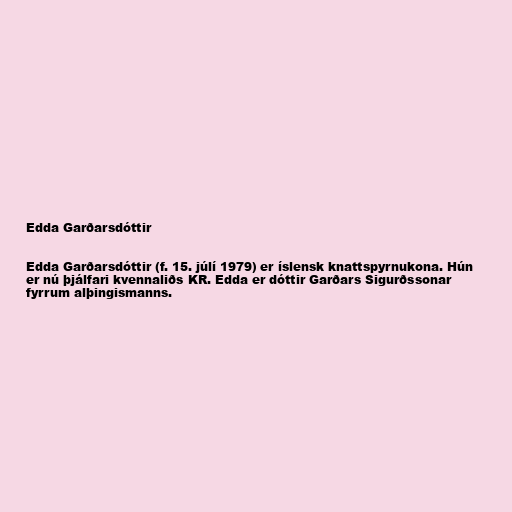
Edda Garðarsdóttir

Edda Garðarsdóttir (f. 15. júlí 1979) er íslensk knattspyrnukona. Hún
er nú þjálfari kvennaliðs KR. Edda er dóttir Garðars Sigurðssonar
fyrrum alþingismanns.